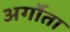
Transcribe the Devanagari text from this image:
अर्गोता